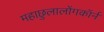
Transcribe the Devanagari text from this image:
महाछुलालोंगकॉर्न